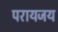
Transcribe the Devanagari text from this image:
परायजय